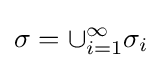
\sigma =\cup _{i=1}^{\infty }\sigma _{i}